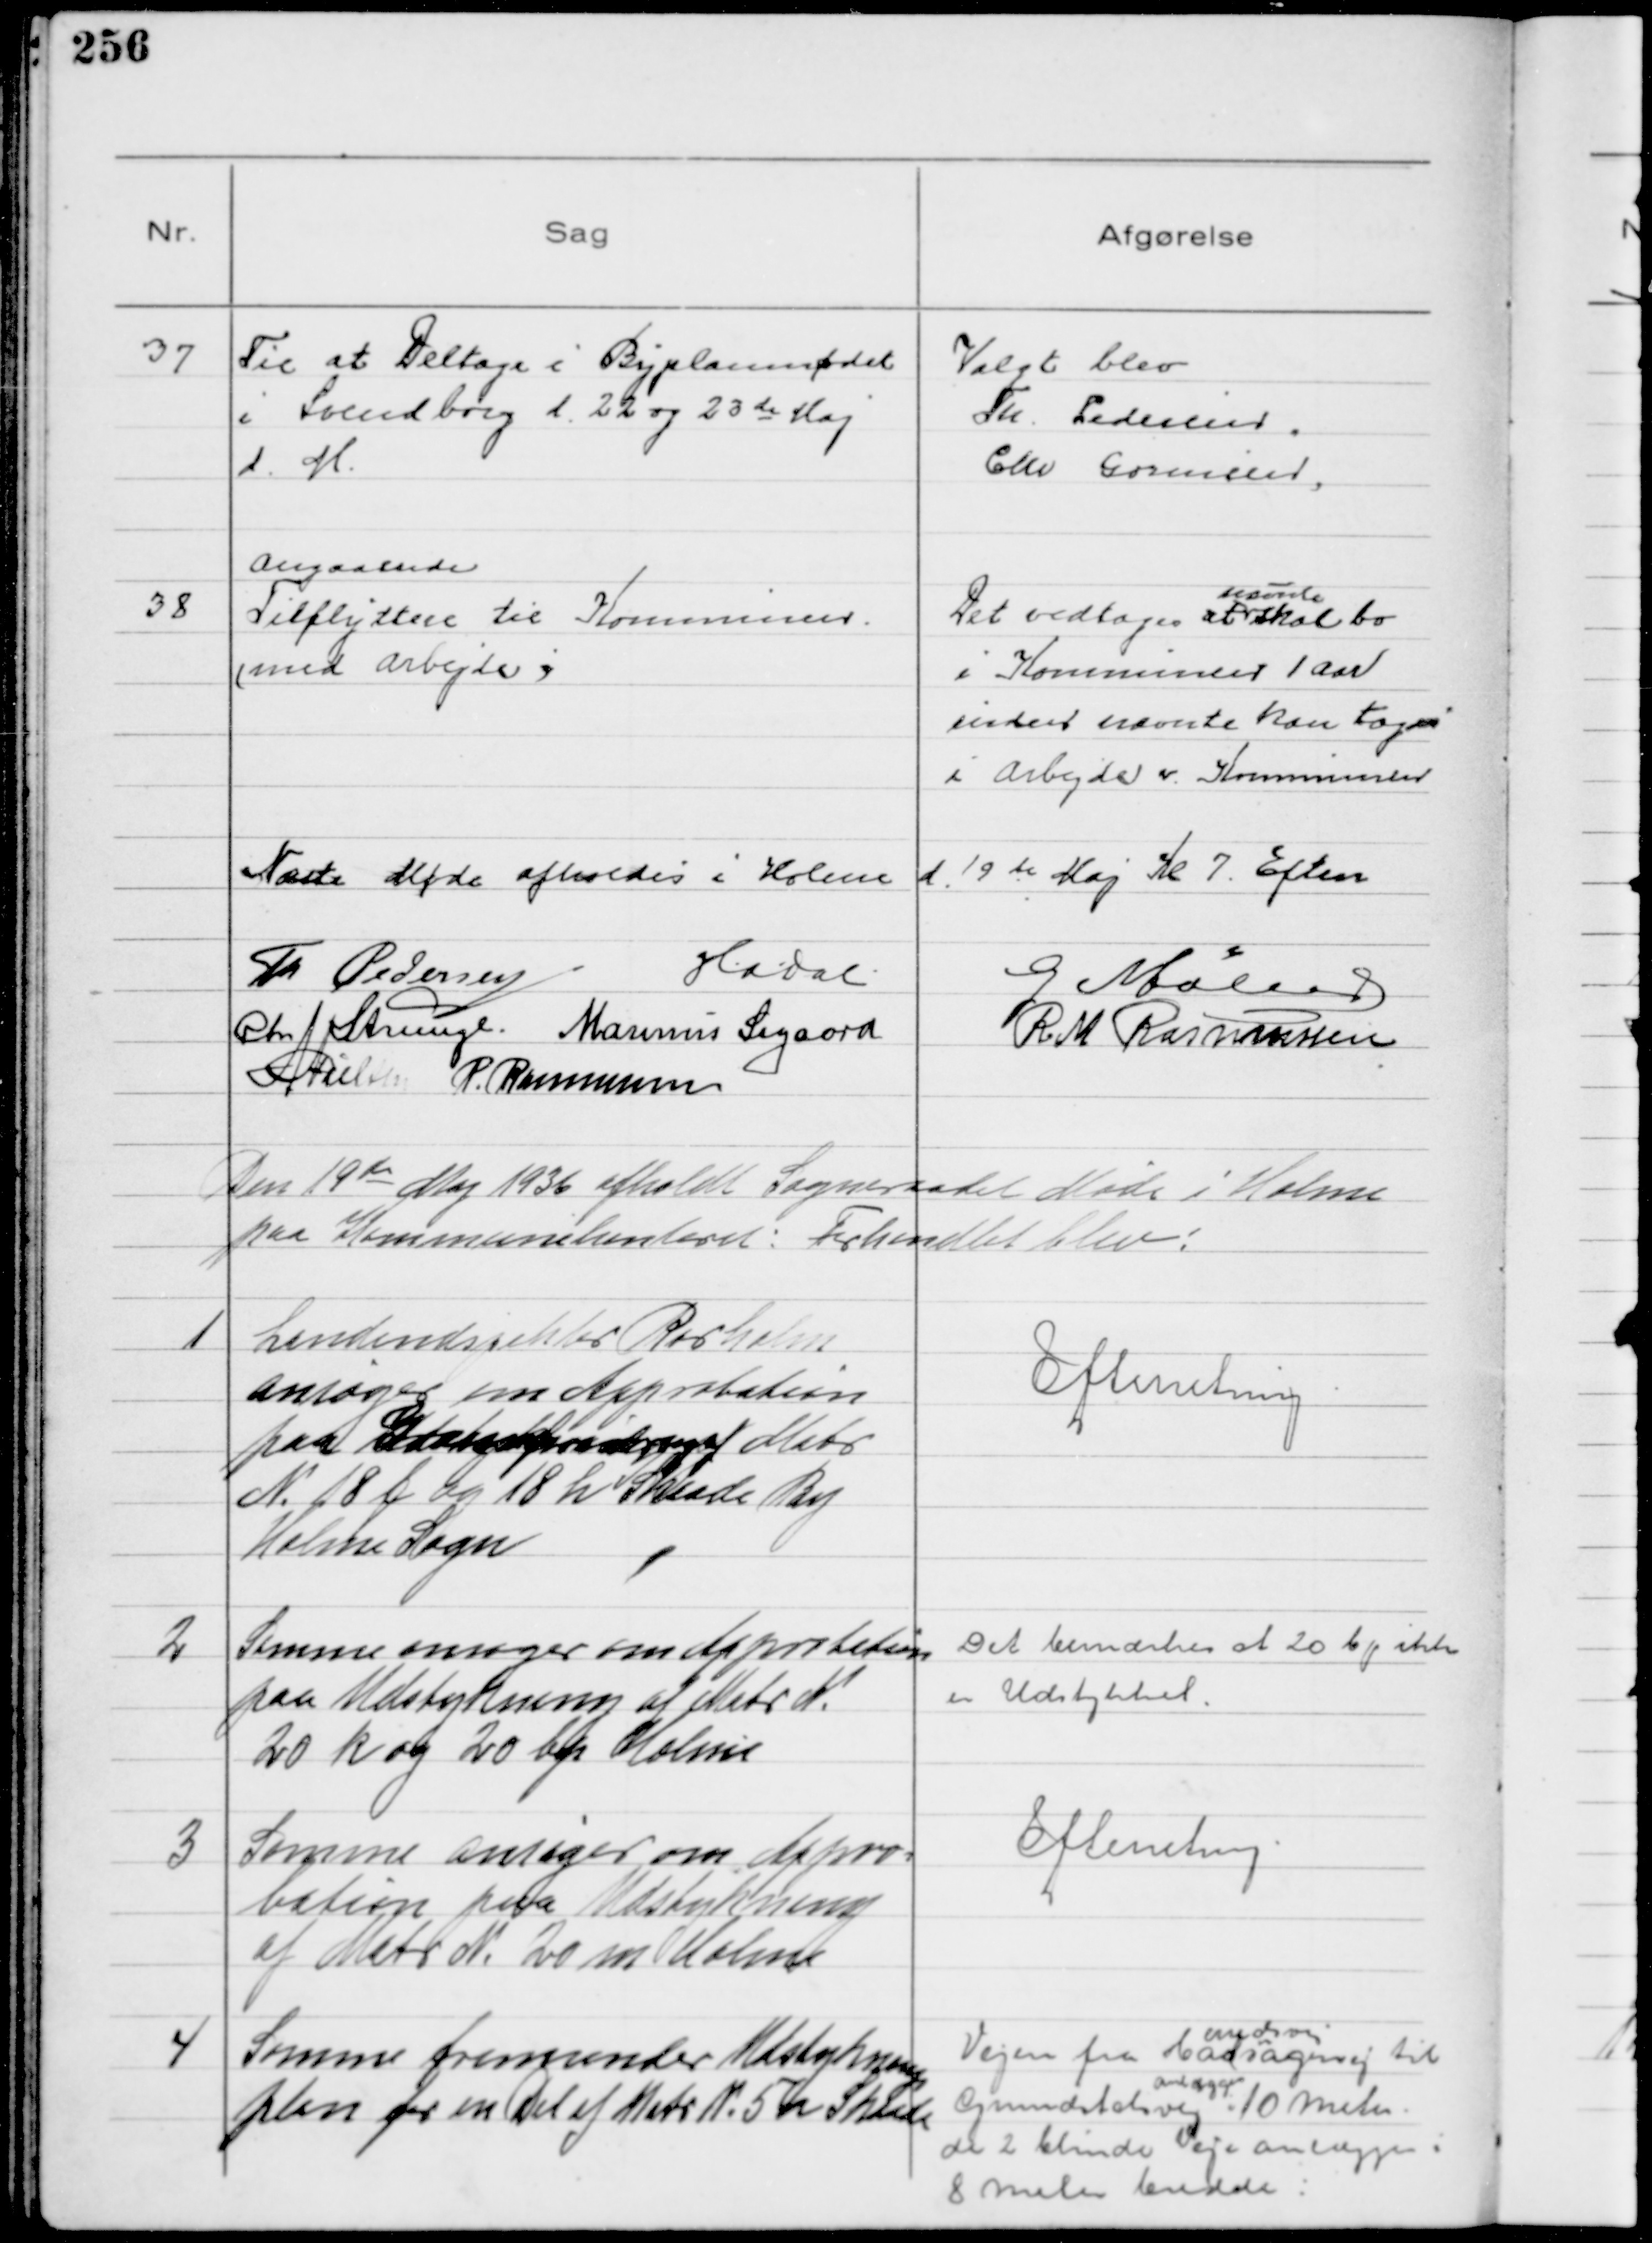
Transskription:
37
Til at Deltage i Byplanmødet
i Svendborg d. 22 og 23de Maj
d. M.

Valgt blev
Th. Pedersen
Chr Gormsen

38
Angaaende
Tilflyttere til Kommunen
(med Arbejde)

Det vedtoges at
nævnte
skal bo
i Kommunen 1 Aar
inden nævnte kan tages
i Arbejde v. Kommunen

Næste Møde afholdes i Holme d. 19de Maj Kl 7. Eftm
Th Pedersen
HADal
G Møller
Chr Strunge Marinus Sigaard
R M Rasmussen
NNielsen P. Rasmussen

Den 19de Maj 1936 afholdt Sogneraadet Møde i Holme
paa Kommunekontoret: Forhandlet blev!

1
Landindspektør Rørholm
ansøger om Approbation
paa Udstykning af Matr
N. 18 b og 18 h Skaade By
Holme Sogn

Efterretning

2
Samme ansøger om Approbation
paa Udstykning af Matr N.
20 k og 20 by Holme

Det bemærkes at 20 by ikke
er Udstykket

3
Samme ansøger om Appro-
bation paa Udstykning
af Matr N. 20 m Holme

Efterretning

4
Samme fremsender Udstyknings-
plan for en Del af Matr N. 5 h Skaade

Vejen fra Hadsagervej
erredsvej
til
Grumstolsvej
anlægges 
i 10 meter
de 2 blinde veje anlægges i
8 meters bredde: